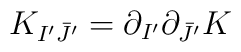
K_{I^{\prime}\bar J^{\prime}}=\partial_{I^{\prime}}\partial_{\bar J^{\prime}}K